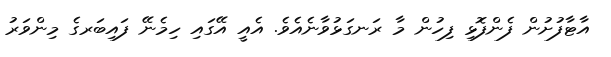
އާޓާފުށުން ފެންފޮޅި ފިހުން މާ ރަނގަޅުވާނެއެވެ. އެއީ އޭގައި ހިމެނޭ ފައިބަރގެ މިންވަރު